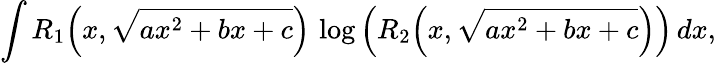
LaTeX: \int R_{1}{\Big(}x,{\sqrt{ax^{2}+bx+c}}{\Big)}\, \log{\Big(}R_{2}{\Big(}x,{\sqrt{ax^{2}+bx+c}}{\Big)}{\Big)}\, dx,